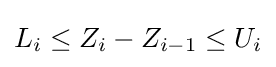
L_{i}\leq Z_{i}-Z_{i-1}\leq U_{i}